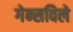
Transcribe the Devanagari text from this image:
गेन्सविले